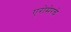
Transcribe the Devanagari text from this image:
एरोमेरचे